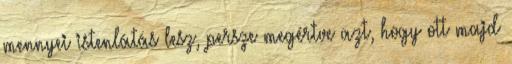
mennyei istenlátás lesz, persze megértve azt, hogy ott majd